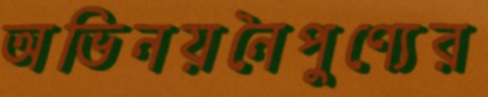
অভিনয়নৈপুণ্যের